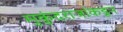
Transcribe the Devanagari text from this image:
मुकुंदराजांकडून